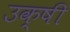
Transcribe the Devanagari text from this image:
उक्षी